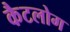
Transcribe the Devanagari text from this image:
कैटलोग